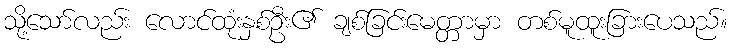
သို့သော်လည်း လောင်ထုံးနှစ်ဦး၏ ချစ်ခြင်းမေတ္တာမှာ တစ်မူထူးခြားပေသည်။